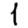
Digit: 1